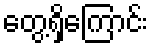
တွေ့ရှိကြောင်း